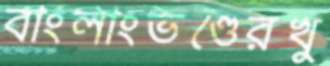
বাংলাংভণ্ডেরখু